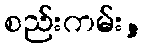
စည်းကမ်း,